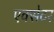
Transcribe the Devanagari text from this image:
एक्‍सेटर